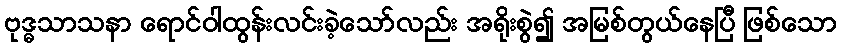
ဗုဒ္ဓသာသနာ ရောင်ဝါထွန်းလင်းခဲ့သော်လည်း အရိုးစွဲ၍ အမြစ်တွယ်နေပြီ ဖြစ်သော